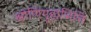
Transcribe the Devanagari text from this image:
श्रोणिगुहाभित्ति